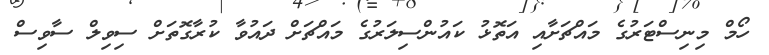
ހޯމް މިނިސްޓަރުގެ މައްޗަށާއި އަތޮޅު ކައުންސިލަރުގެ މައްޗަށް ދައުވާ ކުރާގޮތަށް ސިވިލް ސާވިސް